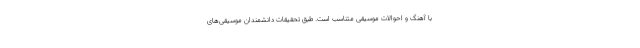
با آهنگ و احوالات موسیقی متناسب است. طبق تحقیقات دانشمندان موسیقی‌های